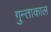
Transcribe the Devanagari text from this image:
गुन्ताकाल